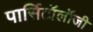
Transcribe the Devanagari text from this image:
पार्सिटॉलॉजी